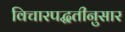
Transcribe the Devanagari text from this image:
विचारपद्धतीनुसार